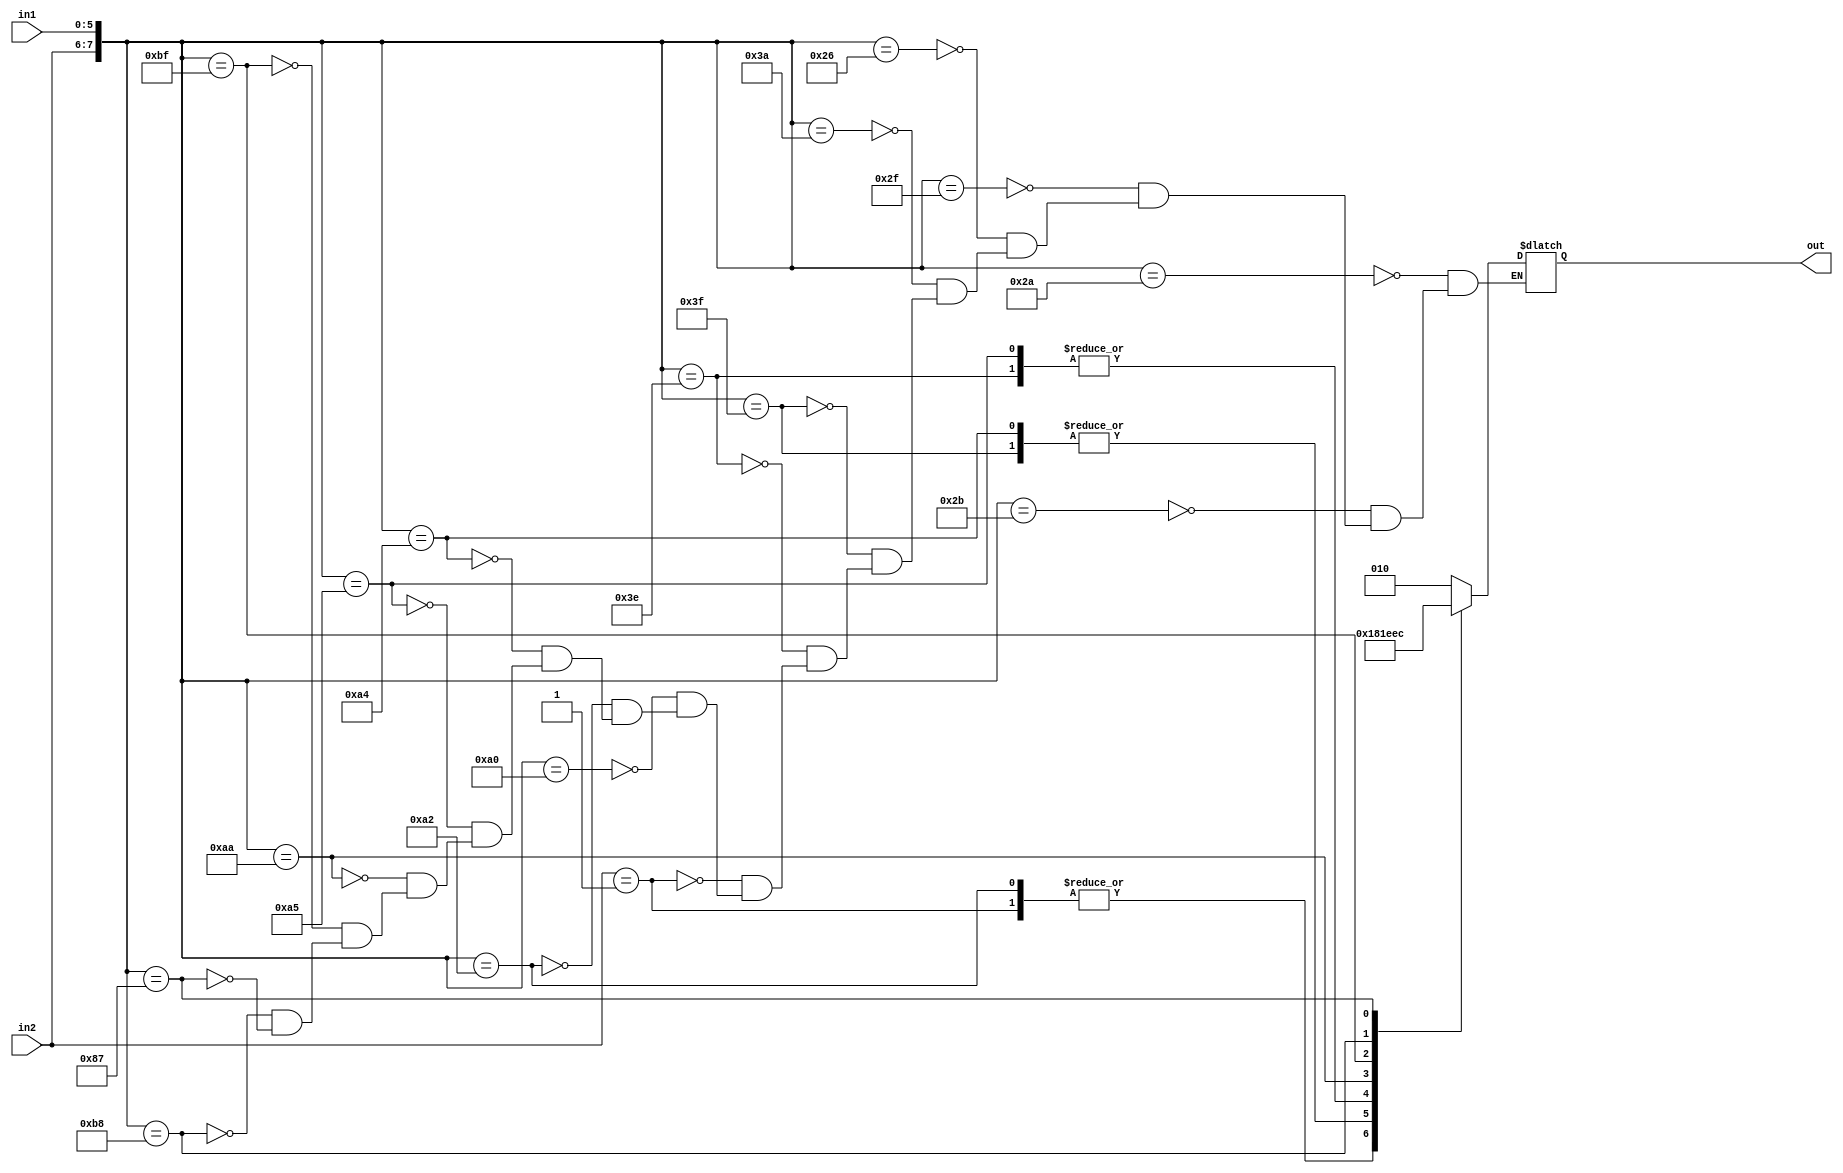
module ALU_control (in1,in2,out);
input [5:0] in1;
input [1:0] in2; //aluop 
output reg [2:0] out;
always @ (in1 ,in2)
begin 
casex ({in2,in1})
8'b00101010: out = 3'b010; //addi 
8'b00101011: out = 3'b010; //sw 
8'b00101111: out = 3'b010; //l-w 
8'b00100110: out = 3'b010; //lhu 
8'b00111010: out = 3'b010; //lh 
8'b00111111: out = 3'b000;//andi
8'b00111110: out = 3'b001;//ori
8'b01xxxxxx: out = 3'b110; //beq 
8'b10100000: out = 3'b010; //add
8'b10100010: out = 3'b110;//sub
8'b10100100: out = 3'b000;//and
8'b10100101: out = 3'b001;//or
8'b10101010: out = 3'b111; //slt
8'b10111111: out = 3'b011; //sltu
8'b10111000: out = 3'b101; //sll
8'b10000111: out = 3'b100;//slr
endcase 
end 
endmodule 

module a_controltest();
reg [5:0] in1;
reg [1:0] in2;
wire [2:0] out;

initial begin
in1=6'b101011;
in2=2'b00;
#10 $display ("%b", out);
end 
always @(in1,in2);
ALU_control alucntrltest (in1,in2,out);
endmodule